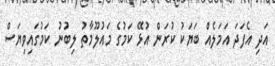
އަދި އެފަދަ އަމަލެއް ބަޔަކު ކުރަން އުޅޭ ކަމުގެ މައުލޫމާތު ލިބުނު ކަމުގައިވިޔަސް